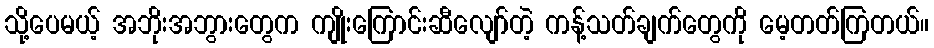
သို့ပေမယ့် အဘိုးအဘွားတွေက ကျိုးကြောင်းဆီလျော်တဲ့ ကန့်သတ်ချက်တွေကို မေ့တတ်ကြတယ်။